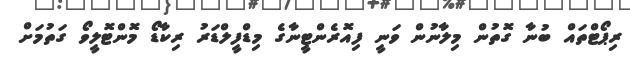
ރިޕޯޓްތައް ބުނާ ގޮތުން މިލާނުން ވަނީ ފިއޮރެންޓީނާގެ މިޑްފީލްޑަރު ރިކާޑޯ މޮންޓޮލީވޯ ގަތުމަށް